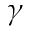
\gamma